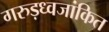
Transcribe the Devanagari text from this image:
गरुड़ध्वजांकित